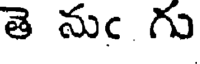
తె నుఁ గు